Annual administration report of the Civil Veterinary Department of India - 1894-1895
Year: 1894
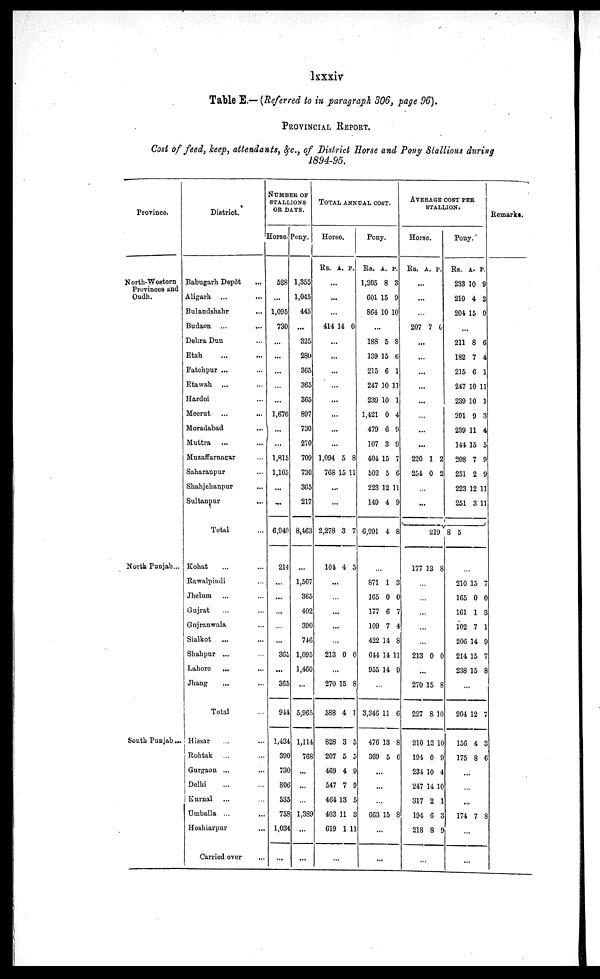
lxxxiv
Table E.— (Referred to in paragraph 306, page 96).
PROVINCIAL REPORT.
Cost of feed, keep, attendants, &c., of District Horse and Pony Stallions during
1894-95.
Province.
North-Western
Provinces and
Oudh.
North Punjab...
South Punjab ...
District.
Babugarh Depôt
...
Aligarh ...
Bulandshahr ...
Budaon ...
...
Dehra Dun ...
Etah ... ...
Fatehpur ... ...
Etawah ... ...
Hardoi ...
Meerut ... ...
Moradabad ... ...
Muttra ... ...
Muzaffarnagar ...
Saharanpur ...
Shahjehanpur ...
Sultanpur ...
Total
Kohat ... ...
Rawalpindi ...
Jhelum ... ...
Gujrat ... ...
Gujranwala ...
Sialkot ... ...
Shahpur ... ...
Lahore ... ...
Jhang ... ...
Total ...
Hisssar ... ...
Rohtak ... ...
Gurgaon ... ...
Delhi ... ...
Kurnal ... ...
Umballa ... ...
Hoshiarpur ...
Carried over ...
NUMBER OF STALLIONS
OR DAYS.
Horse.
528
1,095
730
...
...
...
...
...
1,676
...
...
1,815
1,105
...
...
6,949
214
...
...
...
...
...
365
...
365
944
1,434
390
730
806
535
758
1,034
...
Pony.
1,355
1,045
445
...
325
280
365
365
365
897
730
270
709
730
365
217
8,463
...
1,507
365
402
390
746
1,095
1,460
...
5,965
1,114
768
...
...
...
1,389
...
...
TOTAL ANNUAL COST.
Horse.
Rs. A. P.
...
...
...
414 14 0
...
...
...
...
...
...
...
...
1,094
768
5
15
8
11
...
...
2,278
104
3
4
7
5
...
...
...
...
213 0 0
...
270
588
828
207
469
547
464
403
619
15
4
3
5
4
7
13
11
1
8
1
5
3
9
9
5
3
11
...
Pony.
Rs.
1,205
601 1
864
...
188
139
215
247
239
1,421
479
107
404
502
223
149
6,991
A.
8
5
10 1
5
15
6
10
10
0
6
3
15
5
12
4
4
P.
3
9
0
8
6
1
11
1
4
9
9
7
6
11
9
8
...
871
165
177
109
422
644
955
1
0
6
7
14
14
14
3
0
7
4
8
11
9
...
3,346
476
369
11
13
5
6
8
6
...
...
663 15 8
...
...
AVERAGE COST PER
STALLION.
Horse.
Rs. A. P.
...
...
...
207 7 0
...
...
...
...
...
...
...
...
220
254
1
0
2
2
...
...
219
177 13 8
...
...
...
...
...
213 0 0
...
270
227
210
194
234
247
317
194
218
15
8
12
0
10
14
2
6
8
8
10
10
9
4
10
1
3
8
...
Pony.
Rs.
233
210
204
211
182
215
247
239
201
239
144
208
251
223
251
8
A.
10
4
15
8
7
6
10
10
9
11
15
7
2
12
3
P.
9
2
0
6
4
1
11
1
3
4
5
9
9
11
11
5
...
210
165
161
102
206
214
238
15
0
1
7
14
15
15
7
0
3
1
9
7
8
...
204
156
175
12
4
8
7
3
6
...
...
...
174 7 8
...
...
Remarks.